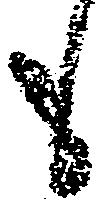
も